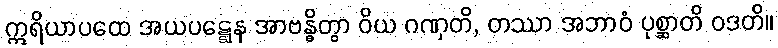
ဣရိယာပထေ အယပဋ္ဋေန အာဗန္ဓိတွာ ဝိယ ဂဏှတိ, တဿာ အဘာဝံ ပုစ္ဆာတိ ဝဒတိ။